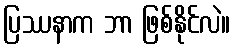
ပြဿနာက ဘာ ဖြစ်နိုင်လဲ။